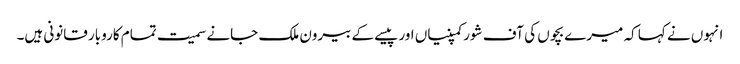
انہوں نے کہا کہ میرے بچوں کی آف شورکمپنیاں اور پیسے کے بیرون ملک جانے سمیت تمام کاروبار قانونی ہیں۔